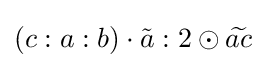
\left(c:a:b\right)\cdot {\tilde {a}}:2\odot {\widetilde {ac}}